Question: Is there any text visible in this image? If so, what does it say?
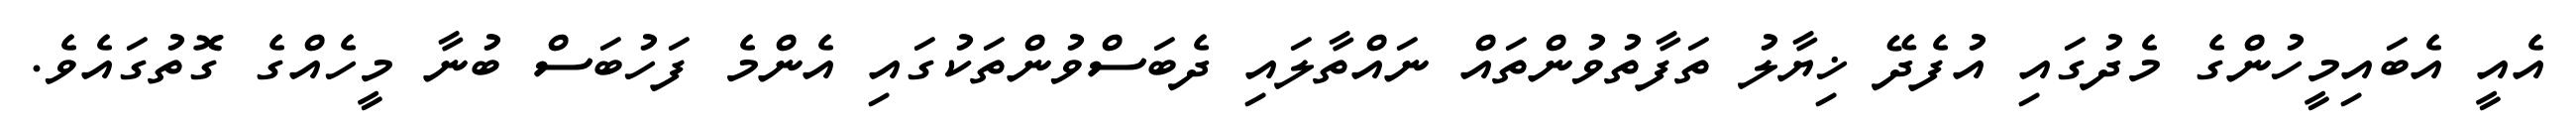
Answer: އެއީ އެބައިމީހުންގެ މެދުގައި އުފެދޭ ޚިޔާލު ތަފާތުވުންތައް ނައްތާލައި ދެބަސްވުންތަކުގައި އެންމެ ފަހުބަސް ބުނާ މީހެއްގެ ގޮތުގައެވެ.